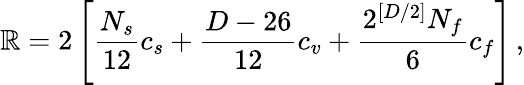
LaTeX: \mathbb{R}=2\left[\frac{{N_{s}}}{{12}}c_{s}+\frac{{D-26}}{{12}}c_{v}+\frac{{2^{[D/2]}N_{f}}}{{6}}c_{f}\right]\, ,